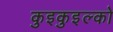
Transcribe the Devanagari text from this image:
कुइकुइल्को